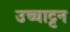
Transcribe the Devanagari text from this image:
उच्चाट्टन